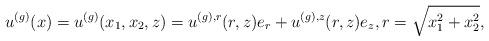
LaTeX: \begin{align*}u^{(g)}(x)=u^{(g)}(x_1,x_2,z)= u^{(g),r}(r,z) e_r+u^{(g),z}(r,z) e_z,r=\sqrt{x_1^2+x_2^2},\end{align*}